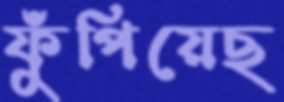
ফুঁপিয়েছ